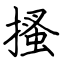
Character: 搔